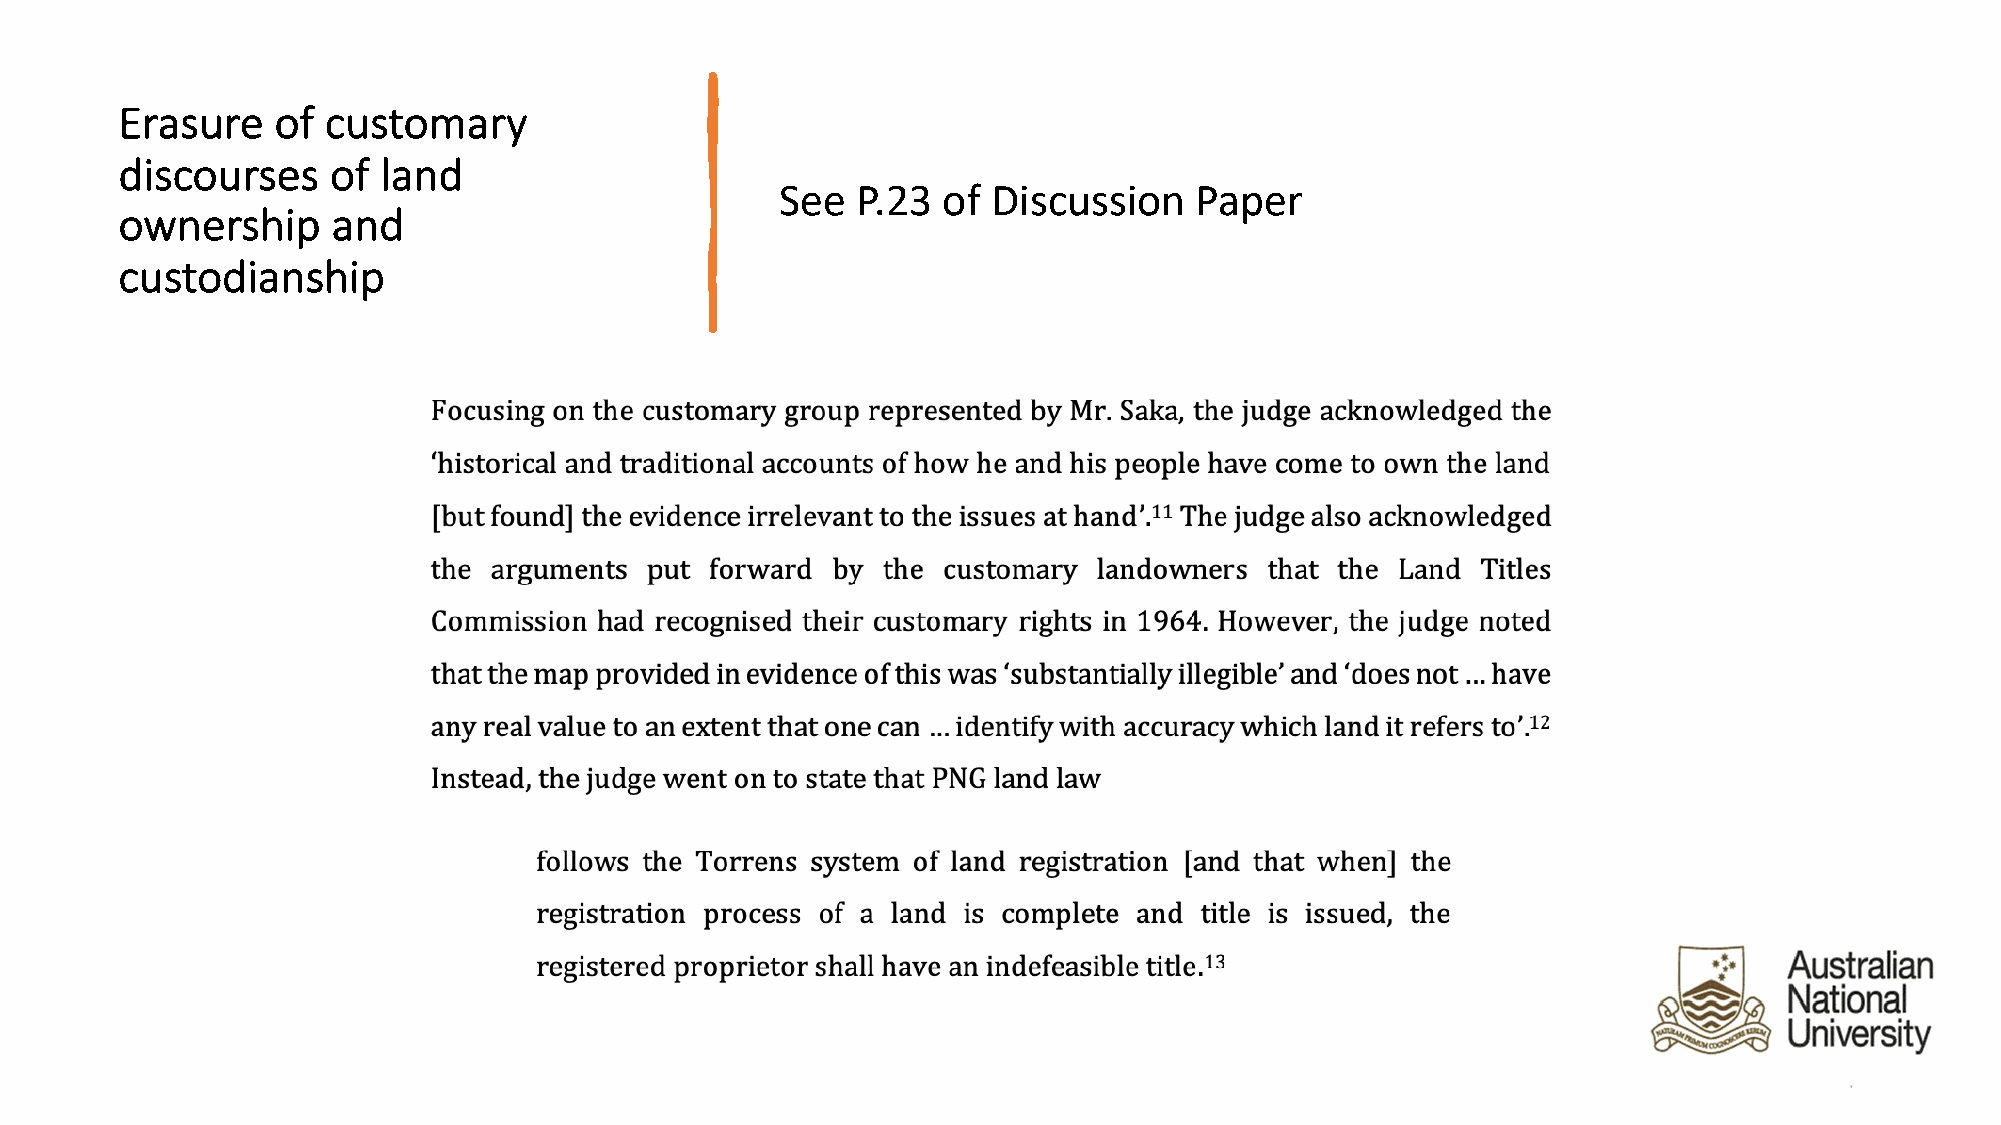
Erasure   of customary
 discourses    of land
 See  P.23 of  Discussion   Paper
 ownership     and
 custodianship